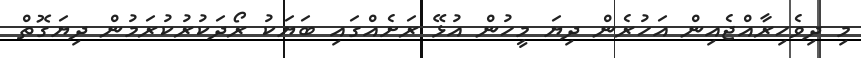
މި ދިވެހިރާއްޖެއިން އަހުރެން ދިޔަ މީހުން އުޅޭ ރަށެއްގައި ބަޔަކު ރޯދަކުރުކުރަމުން ދިޔަގޮތް